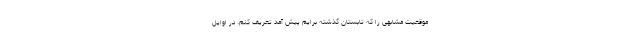
موقعیت مشابهی را که تابستان گذشته برایم پیش آمد تعریف کنم. در اوایل